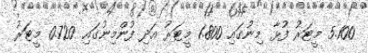
5.100 މީޓަރު ފުޅާ މިނުގައި 1.800 މީޓަރު އަދި ފުންމިނުގައި 0.720 މީޓަރު